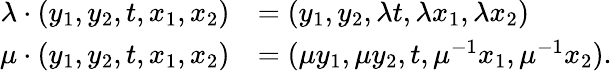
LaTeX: \begin{array}{rl}{\lambda\cdot(y_{1},y_{2},t,x_{1},x_{2})}&{=(y_{1},y_{2},\lambda t,\lambda x_{1},\lambda x_{2})}\\ {\mu\cdot(y_{1},y_{2},t,x_{1},x_{2})}&{=(\mu y_{1},\mu y_{2},t,\mu^{-1}x_{1},\mu^{-1}x_{2}).}\end{array}